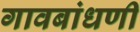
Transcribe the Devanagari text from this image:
गावबांधणी